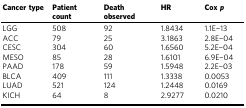
| Cancer type | Patient count | Death observed | HR | Cox p |
 | --- | --- | --- | --- | --- |
 | LGG | 508 | 92 | 1.8434 | 1.1E−13 |
 | ACC | 79 | 25 | 3.1863 | 2.8E−04 |
 | CESC | 304 | 60 | 1.6560 | 5.2E−04 |
 | MESO | 85 | 28 | 1.6101 | 6.9E−04 |
 | PAAD | 178 | 59 | 1.5948 | 2.2E−03 |
 | BLCA | 409 | 111 | 1.3338 | 0.0053 |
 | LUAD | 521 | 124 | 1.2448 | 0.0169 |
 | KICH | 64 | 8 | 2.9277 | 0.0210 |